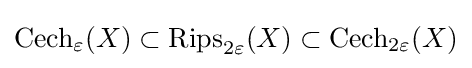
\operatorname {Cech} _{\varepsilon }(X)\subset \operatorname {Rips} _{2\varepsilon }(X)\subset \operatorname {Cech} _{2\varepsilon }(X)